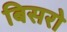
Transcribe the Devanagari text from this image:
बिसरो